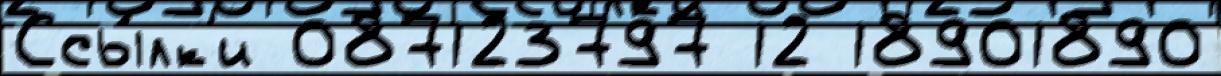
Ссы́лк'и 087123797 12 18901890